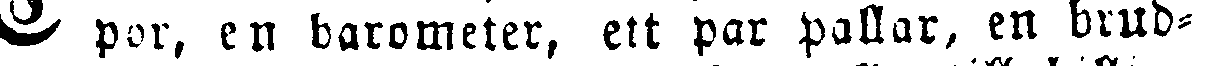
C por, en barometer, ett par pallar, en brud-